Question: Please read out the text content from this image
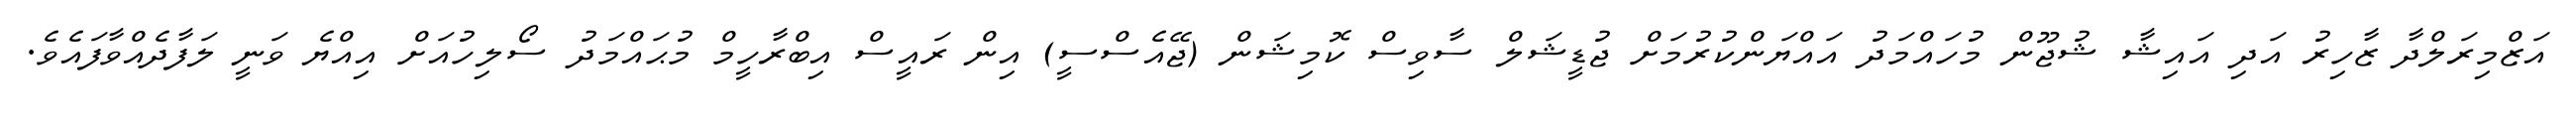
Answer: އަޒްމިރަލްދާ ޒާހިރު އަދި އައިޝާ ޝުޖޫން މުހައްމަދު އައްޔަންކުރުމަށް ޖުޑީޝަލް ސާވިސް ކޮމިޝަން (ޖޭއެސްސީ) އިން ރައީސް އިބްރާހީމް މުޙައްމަދު ސޯލިހުއަށް އިއްޔެ ވަނީ ލަފާދެއްވާފައެވެ.